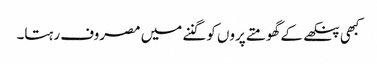
کبھی پنکھے کے گھومتے پروں کو گننے میں مصروف رہتا۔